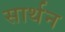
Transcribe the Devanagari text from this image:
सार्थन